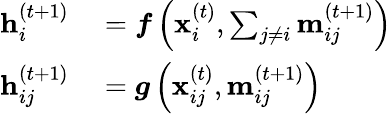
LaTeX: \begin{array}{rl}{\mathbf{h}_{i}^{(t+1)}}&{{}=\boldsymbol{f}\left(\mathbf{x}_{i}^{(t)},\sum_{j\neq i}\mathbf{m}_{ij}^{(t+1)}\right)}\\ {\mathbf{h}_{ij}^{(t+1)}}&{{}=\boldsymbol{g}\left(\mathbf{x}_{ij}^{(t)},\mathbf{m}_{ij}^{(t+1)}\right)}\end{array}